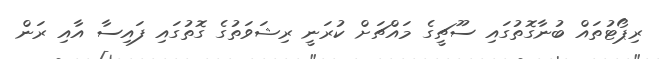
ރިޕޯޓުތައް ބުނާގޮތުގައި ސޫޗީގެ މައްޗަށް ކުރަނީ ރިޝަވަތުގެ ގޮތުގައި ފައިސާ އާއި ރަން